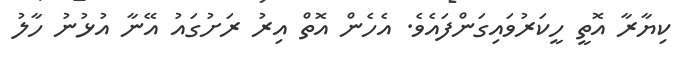
ކިޔާރާ އޮތީ ހީކަރުވައިގަންފައެވެ. އެހެން އޮތް އިރު ރަށުގައު އޭނާ އުޅުނު ހާލު